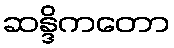
ဆန္ဒိကတော